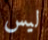
ليس